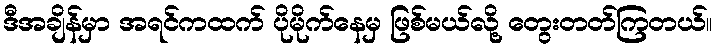
ဒီအချိန်မှာ အရင်ကထက် ပိုမိုက်နေမှ ဖြစ်မယ်လို့ တွေးတတ်ကြတယ်။